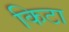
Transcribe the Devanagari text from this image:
किटा